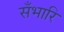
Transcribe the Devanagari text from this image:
सँभारि